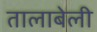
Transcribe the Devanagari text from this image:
तालाबेली